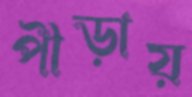
পীড়ায়